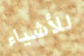
للأشياء